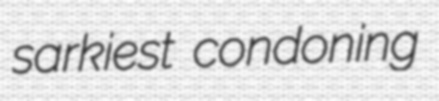
sarkiest condoning